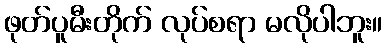
ဖုတ်ပူမီးတိုက် လုပ်စရာ မလိုပါဘူး။